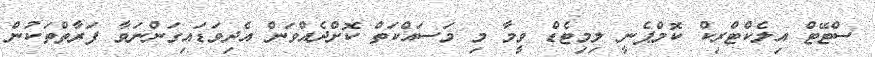
ސްޓޭޓް އިލެކްޓްރިކް ކޮމްޕެނީ ލިމިޓެޑް ވީމާ މި މަސައްކަތް ކޮށްދެއްވަން އެދިވަޑައިގަންނަވާ ފަރާތްތަކުން